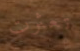
تعثرت